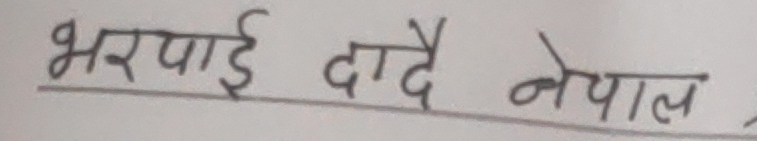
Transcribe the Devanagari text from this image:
भरपाई दादै नेपाल